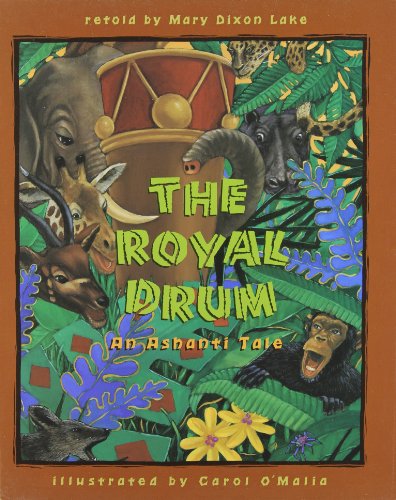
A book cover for The Royal Drum: An Ashanti Tale; Mary Dixon Lake; Children's Books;